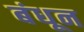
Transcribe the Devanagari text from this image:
बंधून